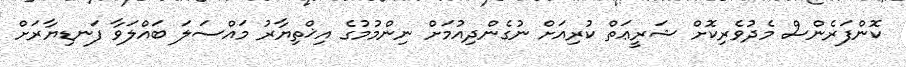
ކޮންފަރެންސް މެދުވެރިކޮށް ޝަރީޢަތް ކުރިއަށް ނުގެންދިއުމަށް ނިންމުމުގެ އިޚްތިޔާރު މައްސަލަ ބައްލަވާ ފަނޑިޔާރަށް